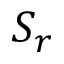
S _ { r }